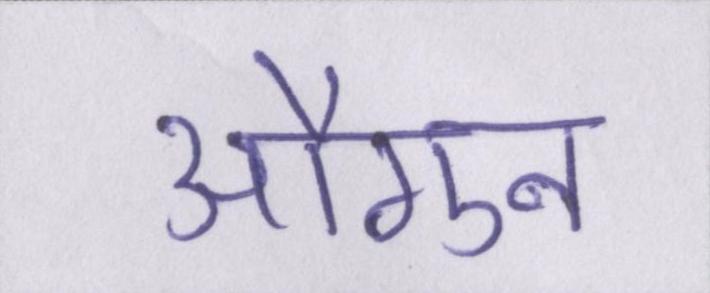
औगुन